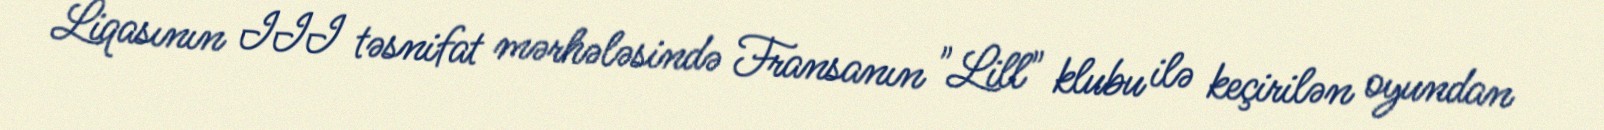
Liqasının III təsnifat mərhələsində Fransanın "Lill" klubu ilə keçirilən oyundan